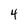
Character: 4